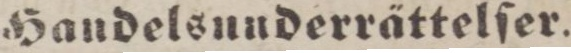
Handelsunderrättelſer.